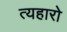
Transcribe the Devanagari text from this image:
त्यहारो